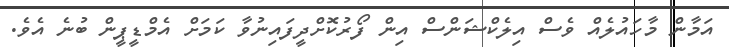
އަމާން މާހައުލެއް ވެސް އިލެކްޝަންސް އިން ފޯރުކޮށްދީފައިނުވާ ކަމަށް އެމްޑީޕީން ބުނެ އެވެ.